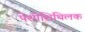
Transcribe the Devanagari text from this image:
पेशीशिथिलक